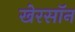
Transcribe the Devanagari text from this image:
खेरसॉन